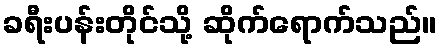
ခရီးပန်းတိုင်သို့ ဆိုက်ရောက်သည်။